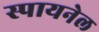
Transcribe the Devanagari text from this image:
स्पायनेल